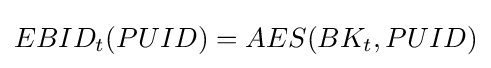
EBID_{t}(PUID)=AES(BK_{t},PUID)